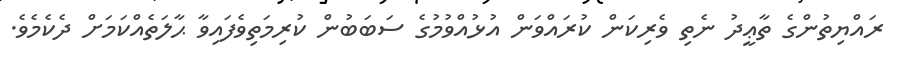
ރައްޔިތުންގެ ތާޢީދު ނެތި ވެރިކަން ކުރައްވަން އުޅުއްވުމުގެ ސަބަބުން ކުރިމަތިވެފައިވާ ޙާލަތެއްކަމަށް ދެކެމެވެ.